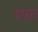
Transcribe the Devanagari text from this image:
एक